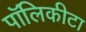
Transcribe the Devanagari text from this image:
पॉलिकीटा